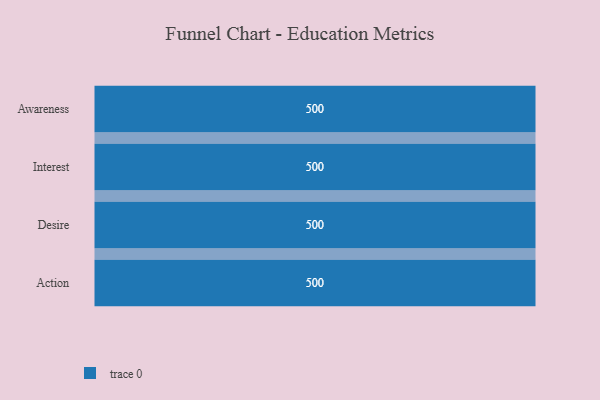
{"axis": {"x": "Stage", "y": "Value"}, "legend": [""], "data": [{"x": "Awareness", "y": 500, "type": ""}, {"x": "Interest", "y": 500, "type": ""}, {"x": "Desire", "y": 500, "type": ""}, {"x": "Action", "y": 500, "type": ""}]}